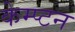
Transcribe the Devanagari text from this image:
केम्प्टन